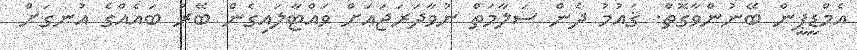
އެމްޑީޕީން ބޭނުންވާގޮތް. ޤައުމު ދެން ސަލާމަތް ނުވާދަރަޖައަށް ވައްޓާލައިގެން ބޭރު ބައެއްގެ އުނގަށް